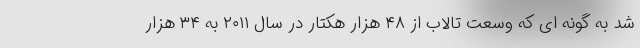
شد به گونه ای که وسعت تالاب از ۴۸ هزار هکتار در سال ۲۰۱۱ به ۳۴ هزار